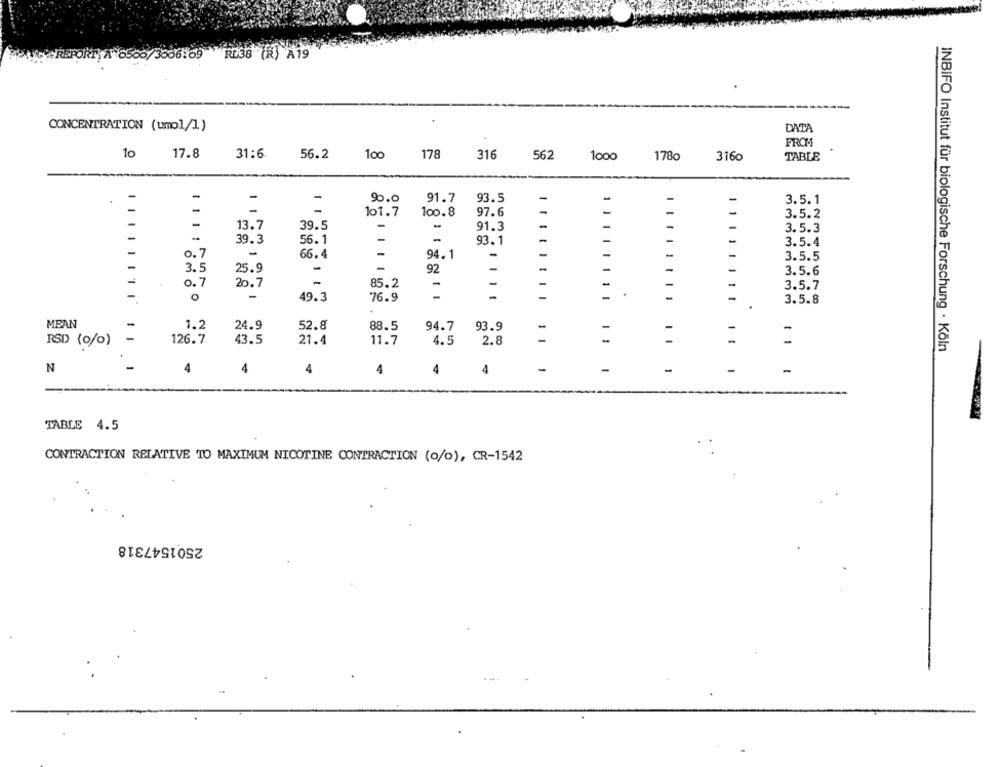
0/3006:09 RDB (R) A19
CONCENTRATION (umol/1)
DATA
FROM
10
17.8
31:6
56.2
100
178
316
562
1000
1780
3160
TABLE
-
-
-
90.0
91.7
93.5
-
3.5.1
-
11
-
101.7
100.8
97.6
3.5.2
-
-
13.7
39.5
-
-
91.3
3.5.3
-
39.3
56.1
93.1
3.5.4
0. 7
-
66.4
94.1
-
3.5.5
-
3.5
25.9
-
92
-
-
3.5.6
0.7
20. 7
-
85.2
-
-
-
3.5.7
-
O
-
49.3
76.9
-
1
3.5.8
MEAN
-
1.2
24.9
52.8
88.5
94.7
93.9
-
RSD (0/0)
126.7
43.5
21.4
11.7
4.5
2.8
11
INBIFO Institut für biologische Forschung · Köln
4
4
4
4
-
-
N
4
4
-
-
TABLE 4.5
CONTRACTION RELATIVE TO MAXIMUM NICOTINE CONTRACTION (o/o), CR-1542
2501547318